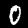
Label: 0